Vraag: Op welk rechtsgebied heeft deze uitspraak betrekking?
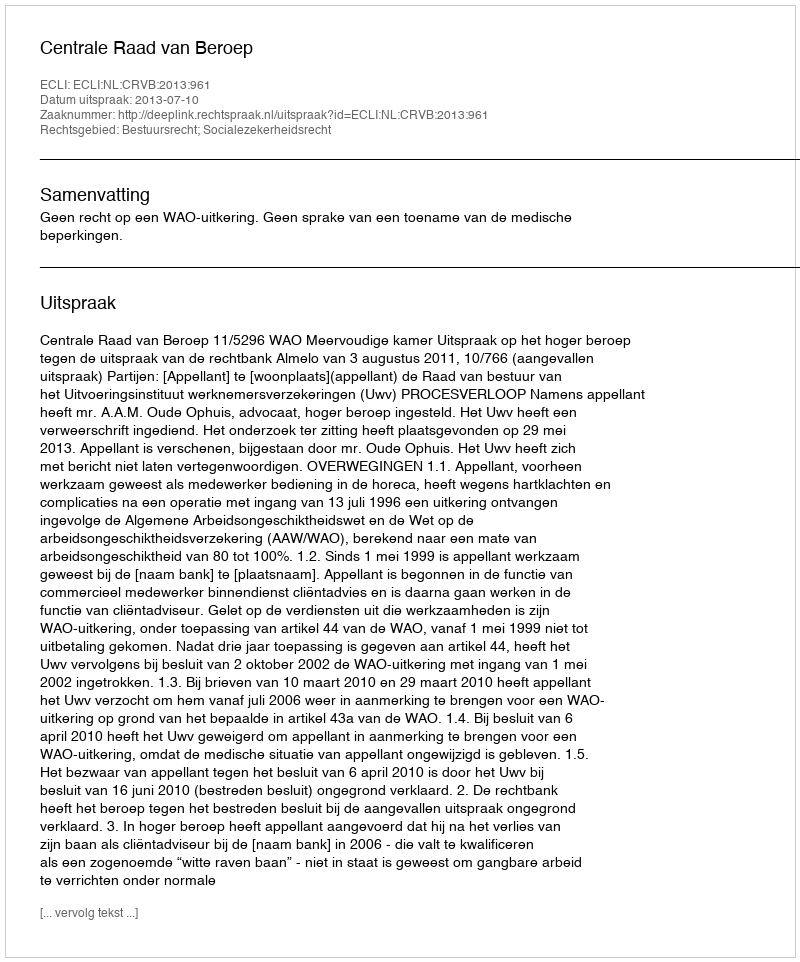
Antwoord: Bestuursrecht; Socialezekerheidsrecht